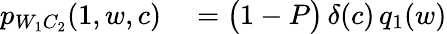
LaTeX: \begin{array}{rl}{p_{W_{1}C_{2}}(1,w,c)}&{{}=\bigl(1-P\bigr)\, \delta(c)\, q_{1}(w)}\end{array}